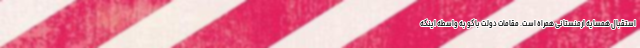
استقبال همسایه ارمنستانی همراه است. مقامات دولت باکو به واسطه اینکه